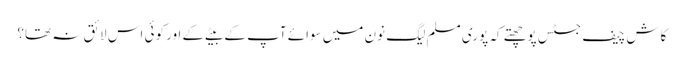
کاش چیف جسٹس پوچھتے کہ پوری مسلم لیگ نون میں سوائے آپ کے بیٹے کے اور کوئی اس لائق نہ تھا؟